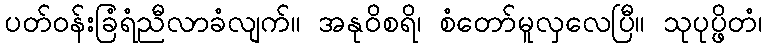
ပတ်ဝန်းခြံရံညီလာခံလျက်။ အနုဝိစရိ၊ စံတော်မူလှလေပြီ။ သုပုပ္ဖိတံ၊